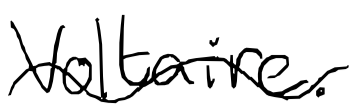
Text: Voltaire.
Cross-out: wave
Writing tool: digital_black